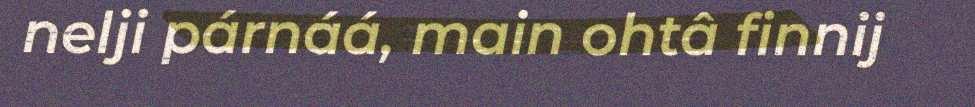
nelji párnáá, main ohtâ finnij